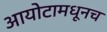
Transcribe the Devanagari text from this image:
आयोटामधूनच